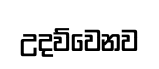
උදව්වෙනව